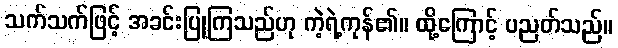
သက်သက်ဖြင့် အခင်းပြုကြသည်ဟု ကဲ့ရဲ့ကုန်၏။ ထို့ကြောင့် ပညတ်သည်။